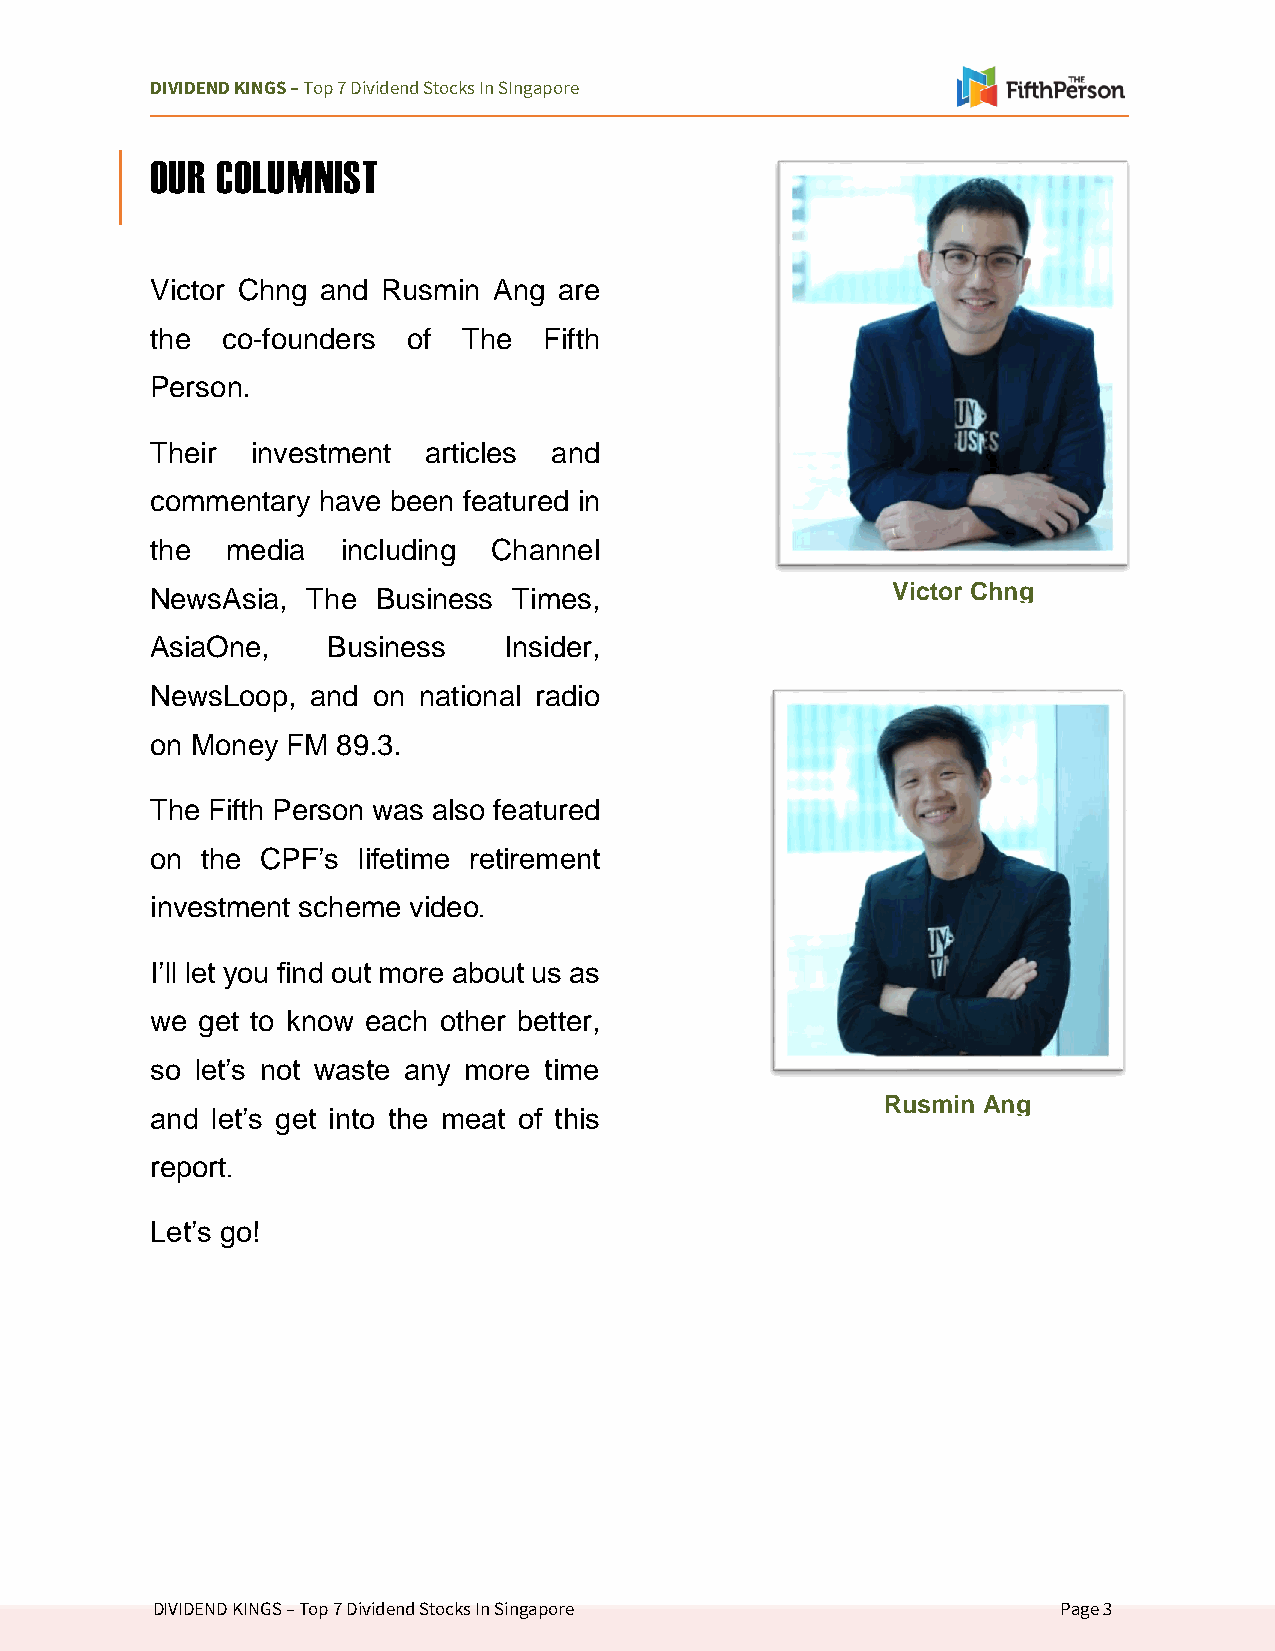
DIVIDEND KINGS – Top 7 Dividend Stocks In SIngapore
 OUR COLUMNIST
 Victor Chng and Rusmin Ang are
 the  co-founders of  The  Fifth
 Person.
 Their  investment articles and
 commentary have been featured in
 the  media   including Channel
 NewsAsia, The  Business Times,                   Victor Chng
 AsiaOne,    Business   Insider,
 NewsLoop,  and on national radio
 on Money FM 89.3.
 The Fifth Person was also featured
 on the CPF’s  lifetime retirement
 investment scheme video
 .
 I’ll let you find out more about us as
 we get to know each other better,
 so let’s not waste any more time
 Rusmin Ang
 and let’s get into the meat of this
 report
 .
 Let’s go!
 DIVIDEND KINGS – Top 7 Dividend Stocks In Singapore         Page 3